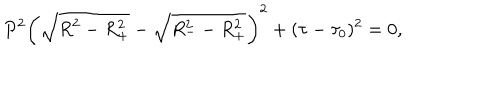
P ^ { 2 } \bigg ( \sqrt { R ^ { 2 } - R _ { + } ^ { 2 } } - \sqrt { R _ { -- } ^ { 2 } R _ { + } ^ { 2 } } \bigg ) ^ { 2 } + ( \tau - \tau _ { 0 } ) ^ { 2 } = 0 ,